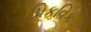
પિકવિક